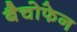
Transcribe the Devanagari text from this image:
बैचोफेन